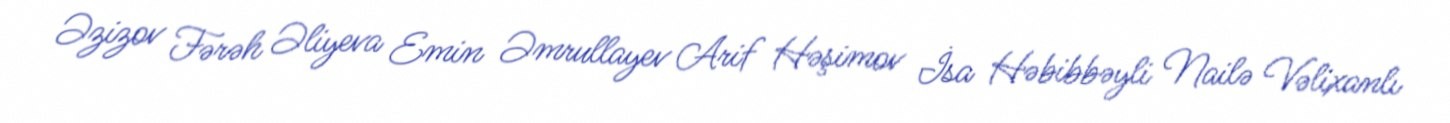
Əzizov Fərəh Əliyeva Emin Əmrullayev Arif Həşimov İsa Həbibbəyli Nailə Vəlixanlı